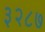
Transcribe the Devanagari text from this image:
३२८७